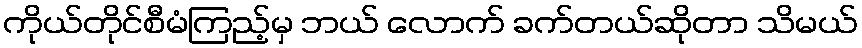
ကိုယ်တိုင်စီမံကြည့်မှ ဘယ် လောက် ခက်တယ်ဆိုတာ သိမယ်